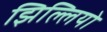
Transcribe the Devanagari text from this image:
झिल्लियो